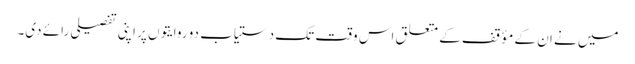
میں نے ان کے مؤقف کے متعلق اس وقت تک دستیاب دو روایتوں پر اپنی تفصیلی رائے دی۔